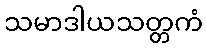
သမာဒါယသတ္တကံ